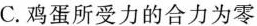
C.鸡蛋所受力的合力为零